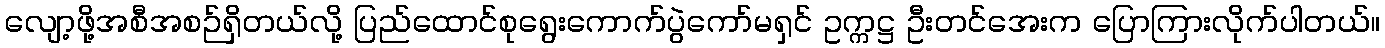
လျော့ဖို့အစီအစဉ်ရှိတယ်လို့ ပြည်ထောင်စုရွေးကောက်ပွဲကော်မရှင် ဥက္ကဋ္ဌ ဦးတင်အေးက ပြောကြားလိုက်ပါတယ်။